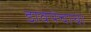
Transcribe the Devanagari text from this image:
डावपेचाचा